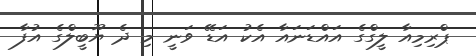
ޕްރިމިއާ ލީގްގެ އައްޑަނައާ އެކު އަޑޭ ވަނީ މި ދެ ޔޫބީލްގެ އުފާ